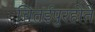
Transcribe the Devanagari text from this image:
चितईपुरहोते